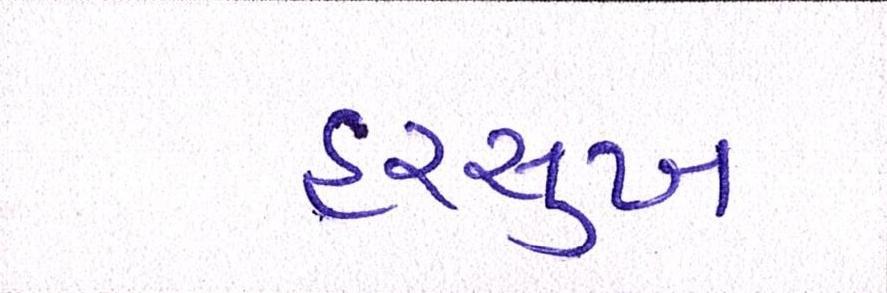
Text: હરસુખ